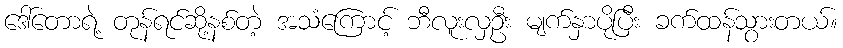
ဒေါ်တောရဲ့ တုန်ရင်ဆို့နစ်တဲ့ အသံကြောင့် ဘီလူးလှဦး မျက်နှာပိုပြီး ခက်ထန်သွားတယ်။